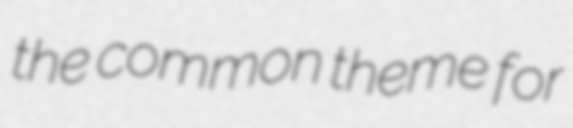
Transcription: the common theme for